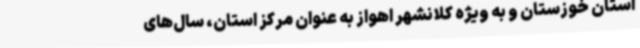
استان خوزستان و به ویژه کلانشهر اهواز به عنوان مرکز استان، سال‌های